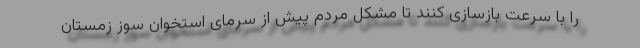
را با سرعت بازسازی کنند تا مشکل مردم پیش از سرمای استخوان سوز زمستان